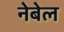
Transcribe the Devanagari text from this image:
नेबेल